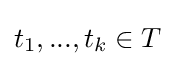
t_{1},...,t_{k}\in T